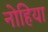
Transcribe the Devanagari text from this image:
नोहिया